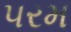
૫રમ